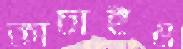
কাচাইও